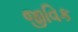
જીવિક